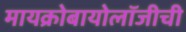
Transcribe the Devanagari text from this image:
मायक्रोबायोलॉजीची